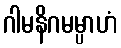
ဂါမနိဂမမ္ပာဟံ